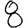
Digit: 8